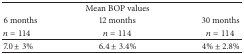
|  | Mean BOP values |  |
 | 6 months | 12 months | 30 months |
 | n = 114 | n = 114 | n = 114 |
 | --- | --- | --- |
 | 7.0 ± 3% | 6.4 ± 3.4% | 4% ± 2.8% |